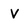
Character: v